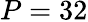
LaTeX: P=32